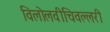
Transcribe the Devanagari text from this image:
विलोलवीचिवल्लरी